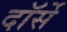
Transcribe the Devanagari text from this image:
दॉर्से